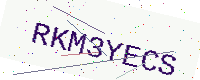
Text: RKM3YECS